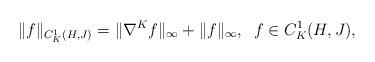
LaTeX: \begin{gather*} \| f \|_{C_K^1( H , J)} = \| \nabla^K f \|_{\infty} + \| f \|_{\infty},\;\; f \in C_K^1( H,J), \end{gather*}